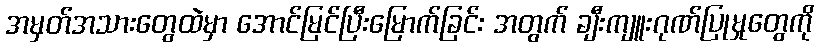
အမှတ်အသားတွေထဲမှာ အောင်မြင်ပြီးမြောက်ခြင်း အတွက် ချီးကျူးဂုဏ်ပြုမှုတွေကို